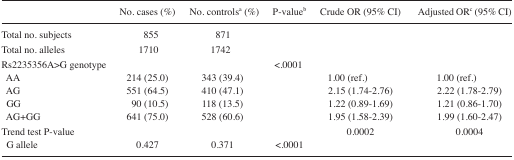
|  | No. cases (%) | No. controlsa (%) | P-valueb | Crude OR (95% CI) | Adjusted ORc (95% CI) |
 | --- | --- | --- | --- | --- | --- |
 | Total no. subjects | 855 | 871 |  |  |  |
 | Total no. alleles | 1710 | 1742 |  |  |  |
 | Rs2235356A>G genotype |  |  | <.0001 |  |  |
 | AA | 214 (25.0) | 343 (39.4) |  | 1.00 (ref.) | 1.00 (ref.) |
 | AG | 551 (64.5) | 410 (47.1) |  | 2.15 (1.74–2.76) | 2.22 (1.78–2.79) |
 | GG | 90 (10.5) | 118 (13.5) |  | 1.22 (0.89–1.69) | 1.21 (0.86–1.70) |
 | AG+GG | 641 (75.0) | 528 (60.6) |  | 1.95 (1.58–2.39) | 1.99 (1.60–2.47) |
 | Trend test P-value |  |  |  | 0.0002 | 0.0004 |
 | G allele | 0.427 | 0.371 | <.0001 |  |  |